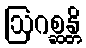
ဩဂစ္ဆန္တိ